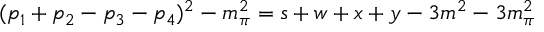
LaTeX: ( p _ { 1 } + p _ { 2 } - p _ { 3 } - p _ { 4 } ) ^ { 2 } - m _ { \pi } ^ { 2 } = s + w + x + y - 3 m ^ { 2 } - 3 m _ { \pi } ^ { 2 }